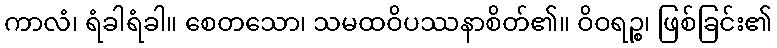
ကာလံ၊ ရံခါရံခါ။ စေတသော၊ သမထဝိပဿနာစိတ်၏။ ဝိဝရဉ္စ၊ ဖြစ်ခြင်း၏